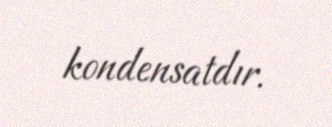
kondensatdır.